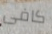
كافى